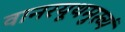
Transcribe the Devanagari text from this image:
वानरयूथमुख्यं